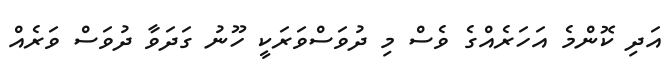
އަދި ކޮންމެ އަހަރެއްގެ ވެސް މި ދުވަސްވަރަކީ ހޫނު ގަދަވާ ދުވަސް ވަރެއް